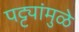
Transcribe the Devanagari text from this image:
पट्ट्यांमुळे